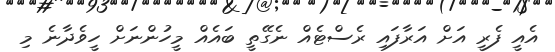
އެއީ ފެރީ އަށް އަރާފައި ރެސްޓެއް ނެގޭތީ ބައެއް މީހުންނަށް ހީވެދާނެ މި